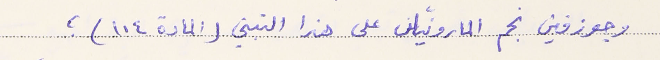
وجوزفين نجم المارونيان على هذا التبني (المادة ١١٤)؛